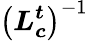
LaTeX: \left(\boldsymbol{L_{c}^{t}}\right)^{-1}